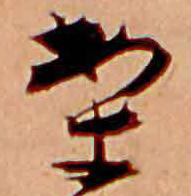
案